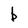
Character: b